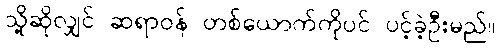
သို့ဆိုလျှင် ဆရာဝန် တစ်ယောက်ကိုပင် ပင့်ခဲ့ဦးမည်။